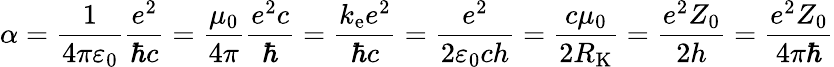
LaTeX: \alpha={\frac{1}{4\pi\varepsilon_{0}}}{\frac{e^{2}}{\hbar c}}={\frac{\mu_{0}}{4\pi}}{\frac{e^{2}c}{\hbar}}={\frac{k_{\mathrm{e}}e^{2}}{\hbar c}}={\frac{e^{2}}{2\varepsilon_{0}ch}}={\frac{c\mu_{0}}{2R_{\mathrm{K}}}}={\frac{e^{2}Z_{0}}{2h}}={\frac{e^{2}Z_{0}}{4\pi\hbar}}